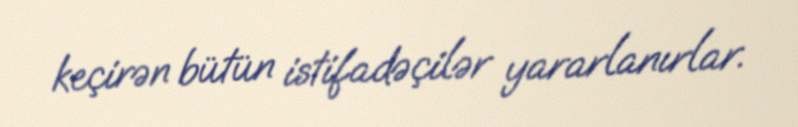
keçirən bütün istifadəçilər yararlanırlar.